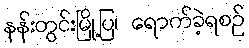
နန်းတွင်းမြို့ပြ၊ ရောက်ခဲ့ရစဉ်